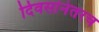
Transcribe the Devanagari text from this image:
दिवसांनंतरच